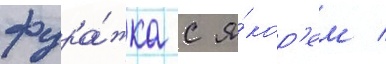
фура́жка с я́кор'ем /